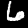
Digit: 6